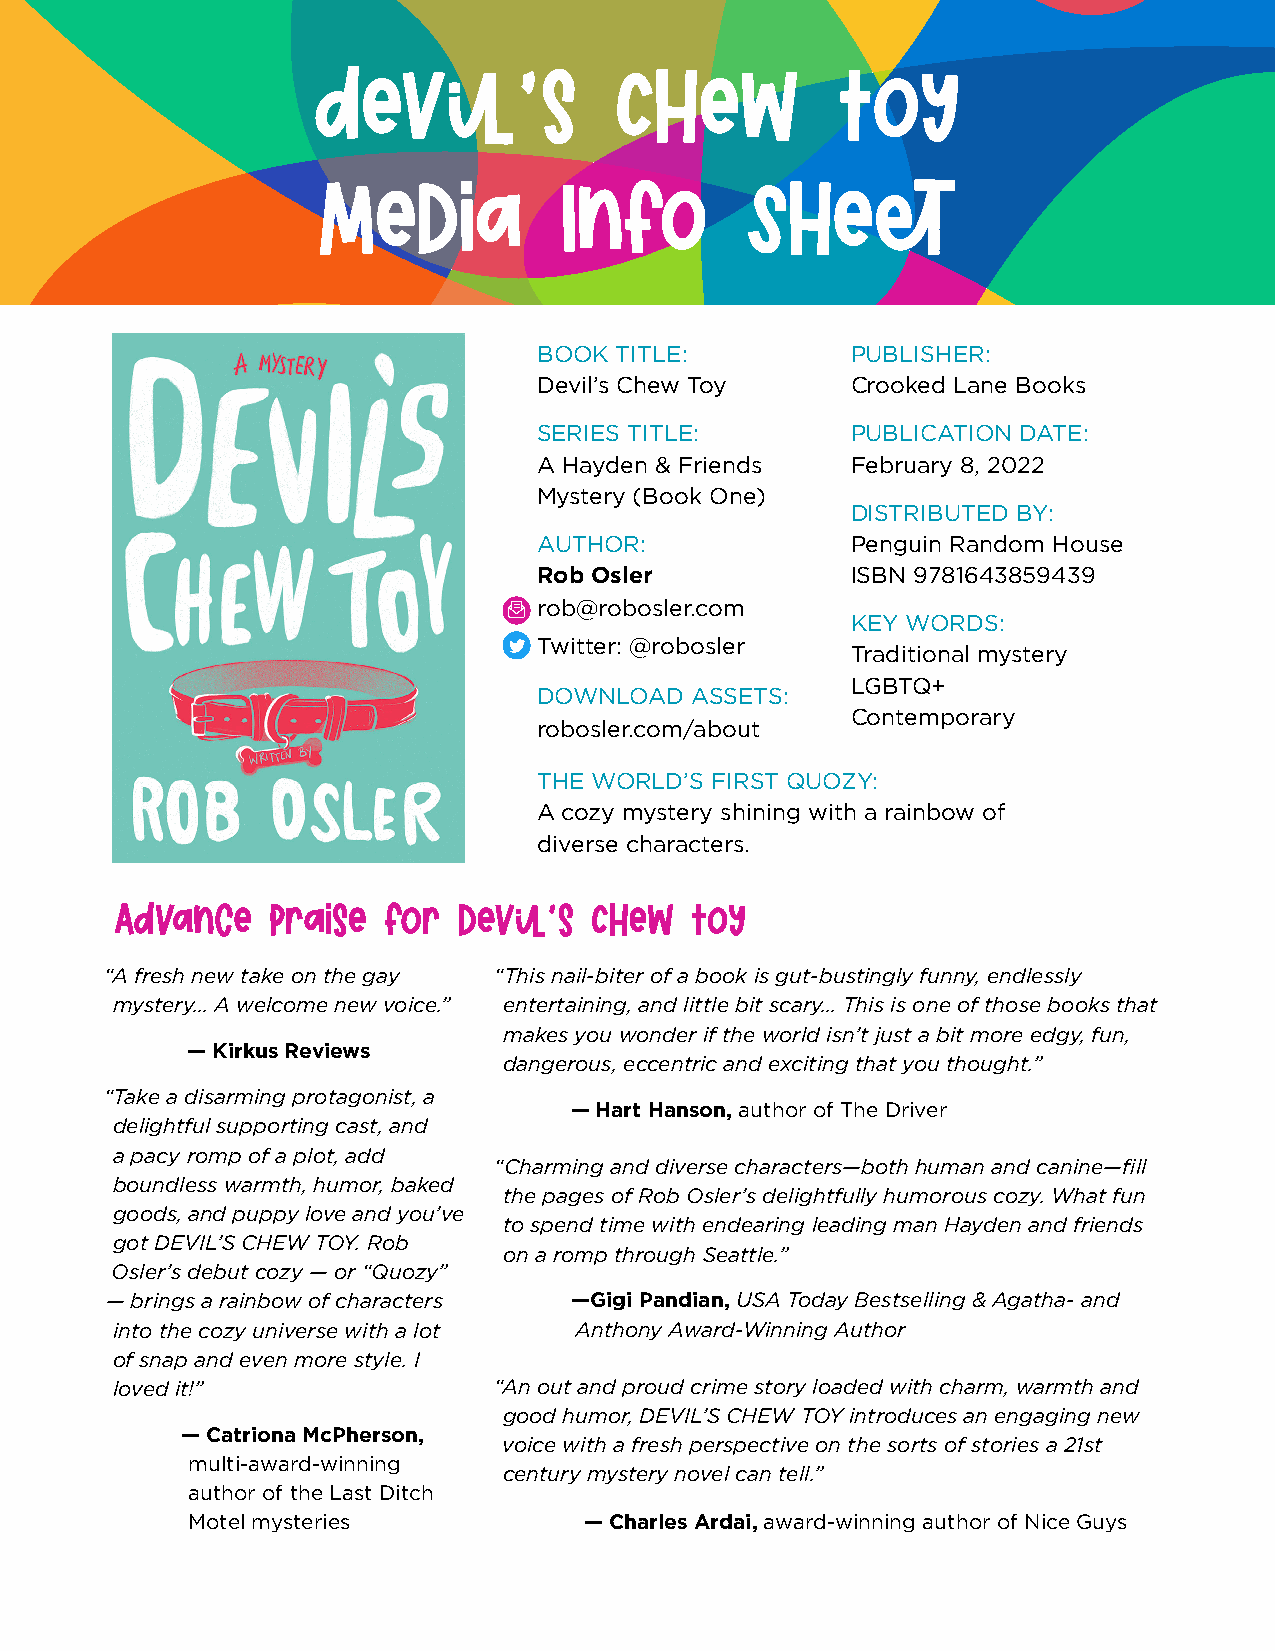
Devil’s             Chew          Toy
 Media           Info        Sheet
 BOOK TITLE:         PUBLISHER:
 Devil’s Chew Toy    Crooked Lane Books
 SERIES TITLE:       PUBLICATION DATE:
 A Hayden & Friends  February 8, 2022
 Mystery (Book One)
 DISTRIBUTED BY:
 AUTHOR:             Penguin Random House
 Rob Osler           ISBN 9781643859439
 rob@robosler.com
 KEY WORDS:
 Twitter: @robosler
 Traditional mystery
 LGBTQ+
 DOWNLOAD  ASSETS:
 Contemporary
 robosler.com/about
 THE WORLD’S FIRST QUOZY:
 A cozy mystery shining with a rainbow of
 diverse characters.
 ADvance   Praise for  devil’s  Chew   Toy
 “A fresh new take on the gay “This nail-biter of a book is gut-bustingly funny, endlessly
 mystery… A welcome new voice.” entertaining, and little bit scary… This is one of those books that
 makes you wonder if the world isn’t just a bit more edgy, fun,
 — Kirkus Reviews
 dangerous, eccentric and exciting that you thought.”
 “Take a disarming protagonist, a
 — Hart Hanson, author of The Driver
 delightful supporting cast, and
 a pacy romp of a plot, add
 “Charming and diverse characters—both human and canine—fill
 boundless warmth, humor, baked
 the pages of Rob Osler’s delightfully humorous cozy. What fun
 goods, and puppy love and you’ve
 to spend time with endearing leading man Hayden and friends
 got DEVIL’S CHEW TOY. Rob
 on a romp through Seattle.”
 Osler’s debut cozy — or “Quozy”
 — brings a rainbow of characters —Gigi Pandian, USA Today Bestselling & Agatha- and
 into the cozy universe with a lot Anthony Award-Winning Author
 of snap and even more style. I
 loved it!”                “An out and proud crime story loaded with charm, warmth and
 good humor, DEVIL’S CHEW TOY introduces an engaging new
 — Catriona McPherson,
 voice with a fresh perspective on the sorts of stories a 21st
 multi-award-winning
 century mystery novel can tell.”
 author of the Last Ditch
 Motel mysteries            — Charles Ardai, award-winning author of Nice Guys